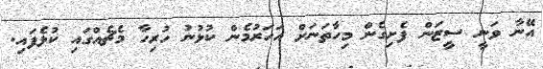
އޭނާ ވަނީ ސީޒަން ފެށިގެން މިހާތަނަށް އަހަރުމެން ކުޅުނު ހުރިހާ މެޗެއްގައި ކުޅެފައި.